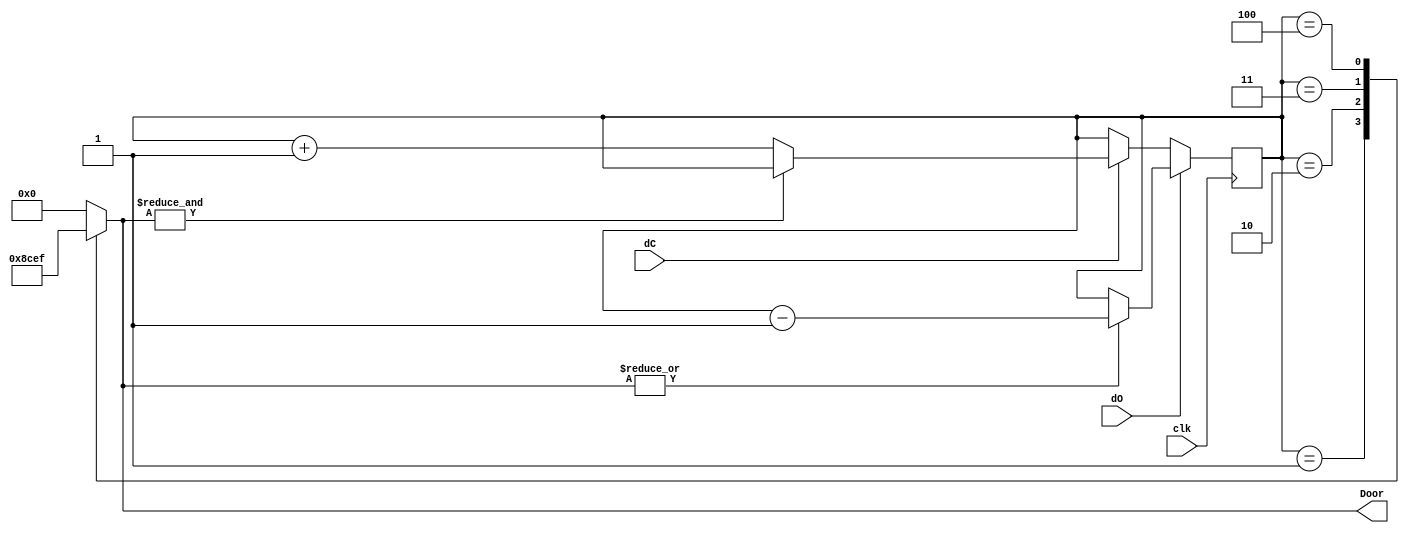

module E_DoorAnim(
input				clk,
input				dO,
input				dC,
output	reg [3:0]	Door
);

reg	[2:0]	cnt = 0;

always@ (posedge clk)
begin
	if(dO)
		if(|Door)
			cnt = cnt - 3'd1;
		else
			cnt = cnt;
	else if(dC)
		if(~&Door)
			cnt = cnt + 3'd1;
		else
			cnt = cnt;
end

always@ (cnt)
begin
	case(cnt)
		0: Door = 4'b0000;
		1: Door = 4'b1000;
		2: Door = 4'b1100;
		3: Door = 4'b1110;
		4: Door = 4'b1111;
		default:Door = 4'b0000;
	endcase
end

endmodule